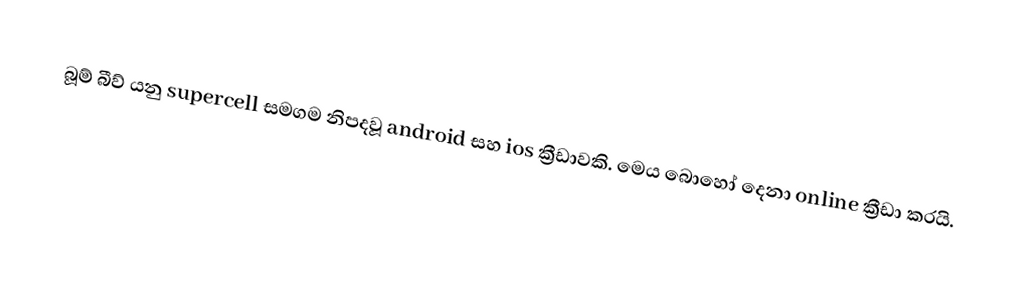
බූම් බීව් යනු supercell සමගම නිපදවූ android සහ ios ක්‍රීඩාවකි. මෙය බොහෝ දෙනා online ක්‍රීඩා කරයි.